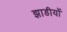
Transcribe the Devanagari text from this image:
झाडीयों